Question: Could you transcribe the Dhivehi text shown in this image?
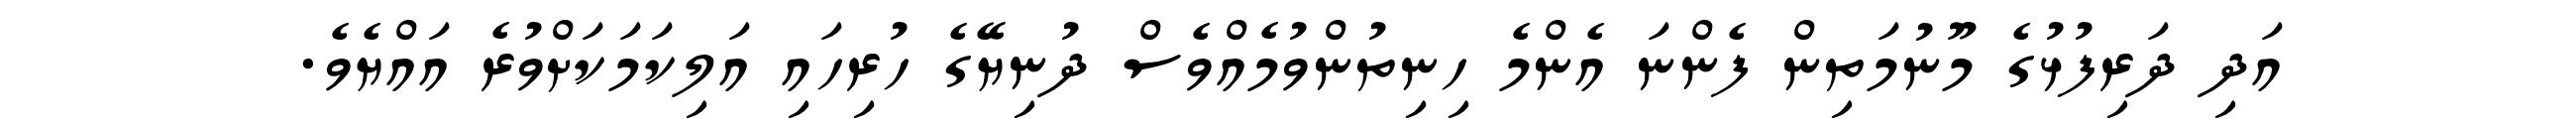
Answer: އަދި ދަރިފުޅުގެ މޫނުމަތިން ފެންނަ އެންމެ ހިނިތުންވުމެއްވެސް ދުނިޔޭގެ ހުރިހައި އަލިކަމަކަށްވުރެ އައްޔެވެ.